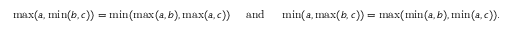
\operatorname* { m a x } ( a , \operatorname* { m i n } ( b , c ) ) = \operatorname* { m i n } ( \operatorname* { m a x } ( a , b ) , \operatorname* { m a x } ( a , c ) ) \quad { \mathrm { ~ a n d ~ } } \quad \operatorname* { m i n } ( a , \operatorname* { m a x } ( b , c ) ) = \operatorname* { m a x } ( \operatorname* { m i n } ( a , b ) , \operatorname* { m i n } ( a , c ) ) .